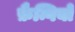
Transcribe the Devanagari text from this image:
फ़ैन्गियो